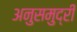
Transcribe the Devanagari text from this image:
अनुसमुद्री